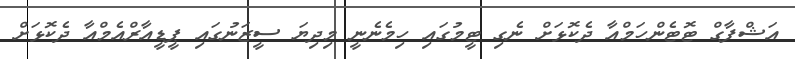
އަޝްފާގް ޓޮޓެންހަމްއާ ދެކޮޅަށް ނެގި ޓީމުގައި ހިމެނެނީ މިދިޔަ ސީޒަނުގައި ޕީޑީއާރްއެމްއާ ދެކޮޅަށް